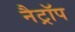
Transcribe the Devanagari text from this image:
नैट्रॉप